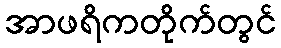
အာဖရိကတိုက်တွင်